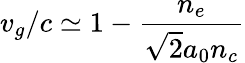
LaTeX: v_{g}/c\simeq 1-\frac{n_{e}}{\sqrt{2}a_{0}n_{c}}